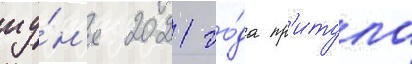
иу́н'я 2021 го́да пр'итула